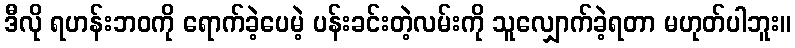
ဒီလို ရဟန်းဘဝကို ရောက်ခဲ့ပေမဲ့ ပန်းခင်းတဲ့လမ်းကို သူလျှောက်ခဲ့ရတာ မဟုတ်ပါဘူး။